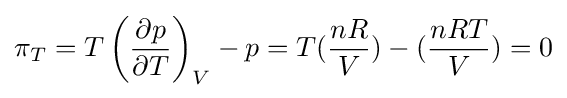
\pi _{T}=T\left({\frac {\partial p}{\partial T}}\right)_{V}-p=T({\frac {nR}{V}})-({\frac {nRT}{V}})=0